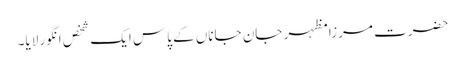
حضرت مرزا مظہر جان جاناں کے پاس ایک شخص انگور لایا۔